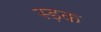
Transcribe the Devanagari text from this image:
स्ड़क